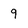
Character: 9